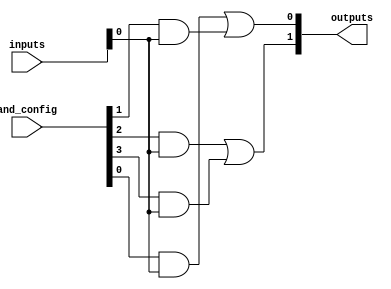
module PAL #(
    parameter NUM_INPUTS = 4,    // Number of inputs
    parameter NUM_OUTPUTS = 2,    // Number of outputs
    parameter NUM_AND_GATES = 4    // Number of AND gates
)(
    input  wire [NUM_INPUTS-1:0] inputs,   // Input signals
    input  wire [NUM_AND_GATES-1:0] and_config, // Configuration for AND gates
    output reg  [NUM_OUTPUTS-1:0] outputs   // Output signals
);

// Intermediate signals for AND gate outputs
wire [NUM_AND_GATES-1:0] and_outputs;

// Generate AND gates based on configuration
genvar i, j;
generate
    for (i = 0; i < NUM_AND_GATES; i = i + 1) begin : and_gate
        assign and_outputs[i] = (and_config[i] & inputs[0]) |
                                 (and_config[i] & inputs[1] << 1) |
                                 (and_config[i] & inputs[2] << 2) |
                                 (and_config[i] & inputs[3] << 3);
    end
endgenerate

// OR array to produce the outputs
always @(*) begin
    // Initialize outputs to zero
    outputs = 0;

    // Determine output based on AND gate outputs
    // Simple example: configure output connections
    outputs[0] = and_outputs[0] | and_outputs[1]; // Example connection for output 0
    outputs[1] = and_outputs[2] | and_outputs[3]; // Example connection for output 1
end

endmodule